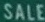
SALE